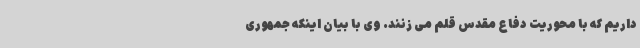
داریم که با محوریت دفاع مقدس قلم می زنند. وی با بیان اینکه جمهوری